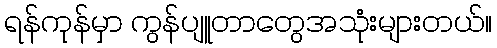
ရန်ကုန်မှာ ကွန်ပျူတာတွေအသုံးများတယ်။